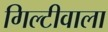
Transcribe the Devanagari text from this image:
गिल्टीवाला